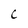
Character: C